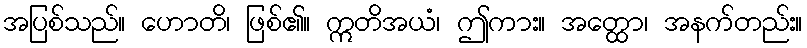
အပြစ်သည်။ ဟောတိ၊ ဖြစ်၏။ ဣတိအယံ၊ ဤကား။ အတ္ထော၊ အနက်တည်း။